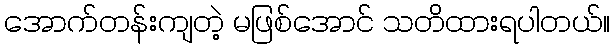
အောက်တန်းကျတဲ့ မဖြစ်အောင် သတိထားရပါတယ်။